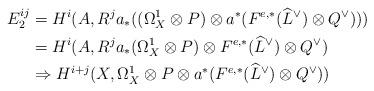
LaTeX: \begin{align*}E_2^{ij}&=H^i(A,R^ja_*((\Omega_X^1\otimes P)\otimes a^*(F^{e,*}(\widehat{L}^{\vee})\otimes Q^{\vee}))) \\&=H^i(A,R^ja_*(\Omega_X^1\otimes P)\otimes F^{e,*}(\widehat{L}^{\vee})\otimes Q^{\vee}) \\&\Rightarrow H^{i+j}(X,\Omega_X^1\otimes P\otimes a^*(F^{e,*}(\widehat{L}^{\vee})\otimes Q^{\vee}))\end{align*}